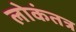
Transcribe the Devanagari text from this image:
लोकंतत्र